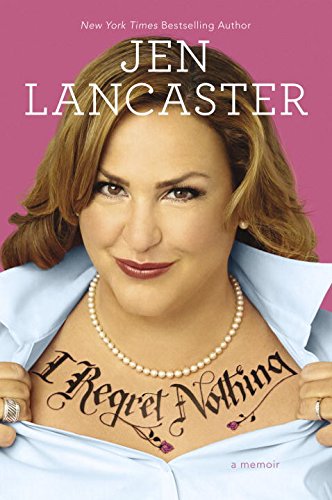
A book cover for I Regret Nothing: A Memoir; Jen Lancaster; Humor & Entertainment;